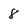
Character: 8